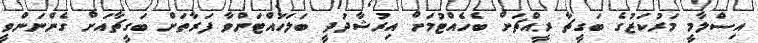
އިސްލާމީ މަރުކަޒުގެ ބަގީޗާ ރީއްޗަށް ބެހެއްޓުމަށް އިރުޝާދުދީ ބަލަހައްޓަންވާ ފަރާތަށް ބަގީޗާއަށް ގެންނަންވީ